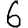
Digit: 6